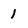
Character: 1